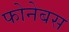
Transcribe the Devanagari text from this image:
फोनेबस